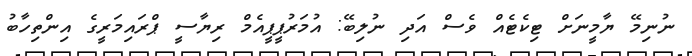
ނުނިމޭ ޔާމީނަށް ޓިކެޓެއް ވެސް އަދި ނުލިބޭ: އުމަރުޕީޕީއެމް ރިޔާސީ ޕްރައިމަރީގެ އިންތިހާބު